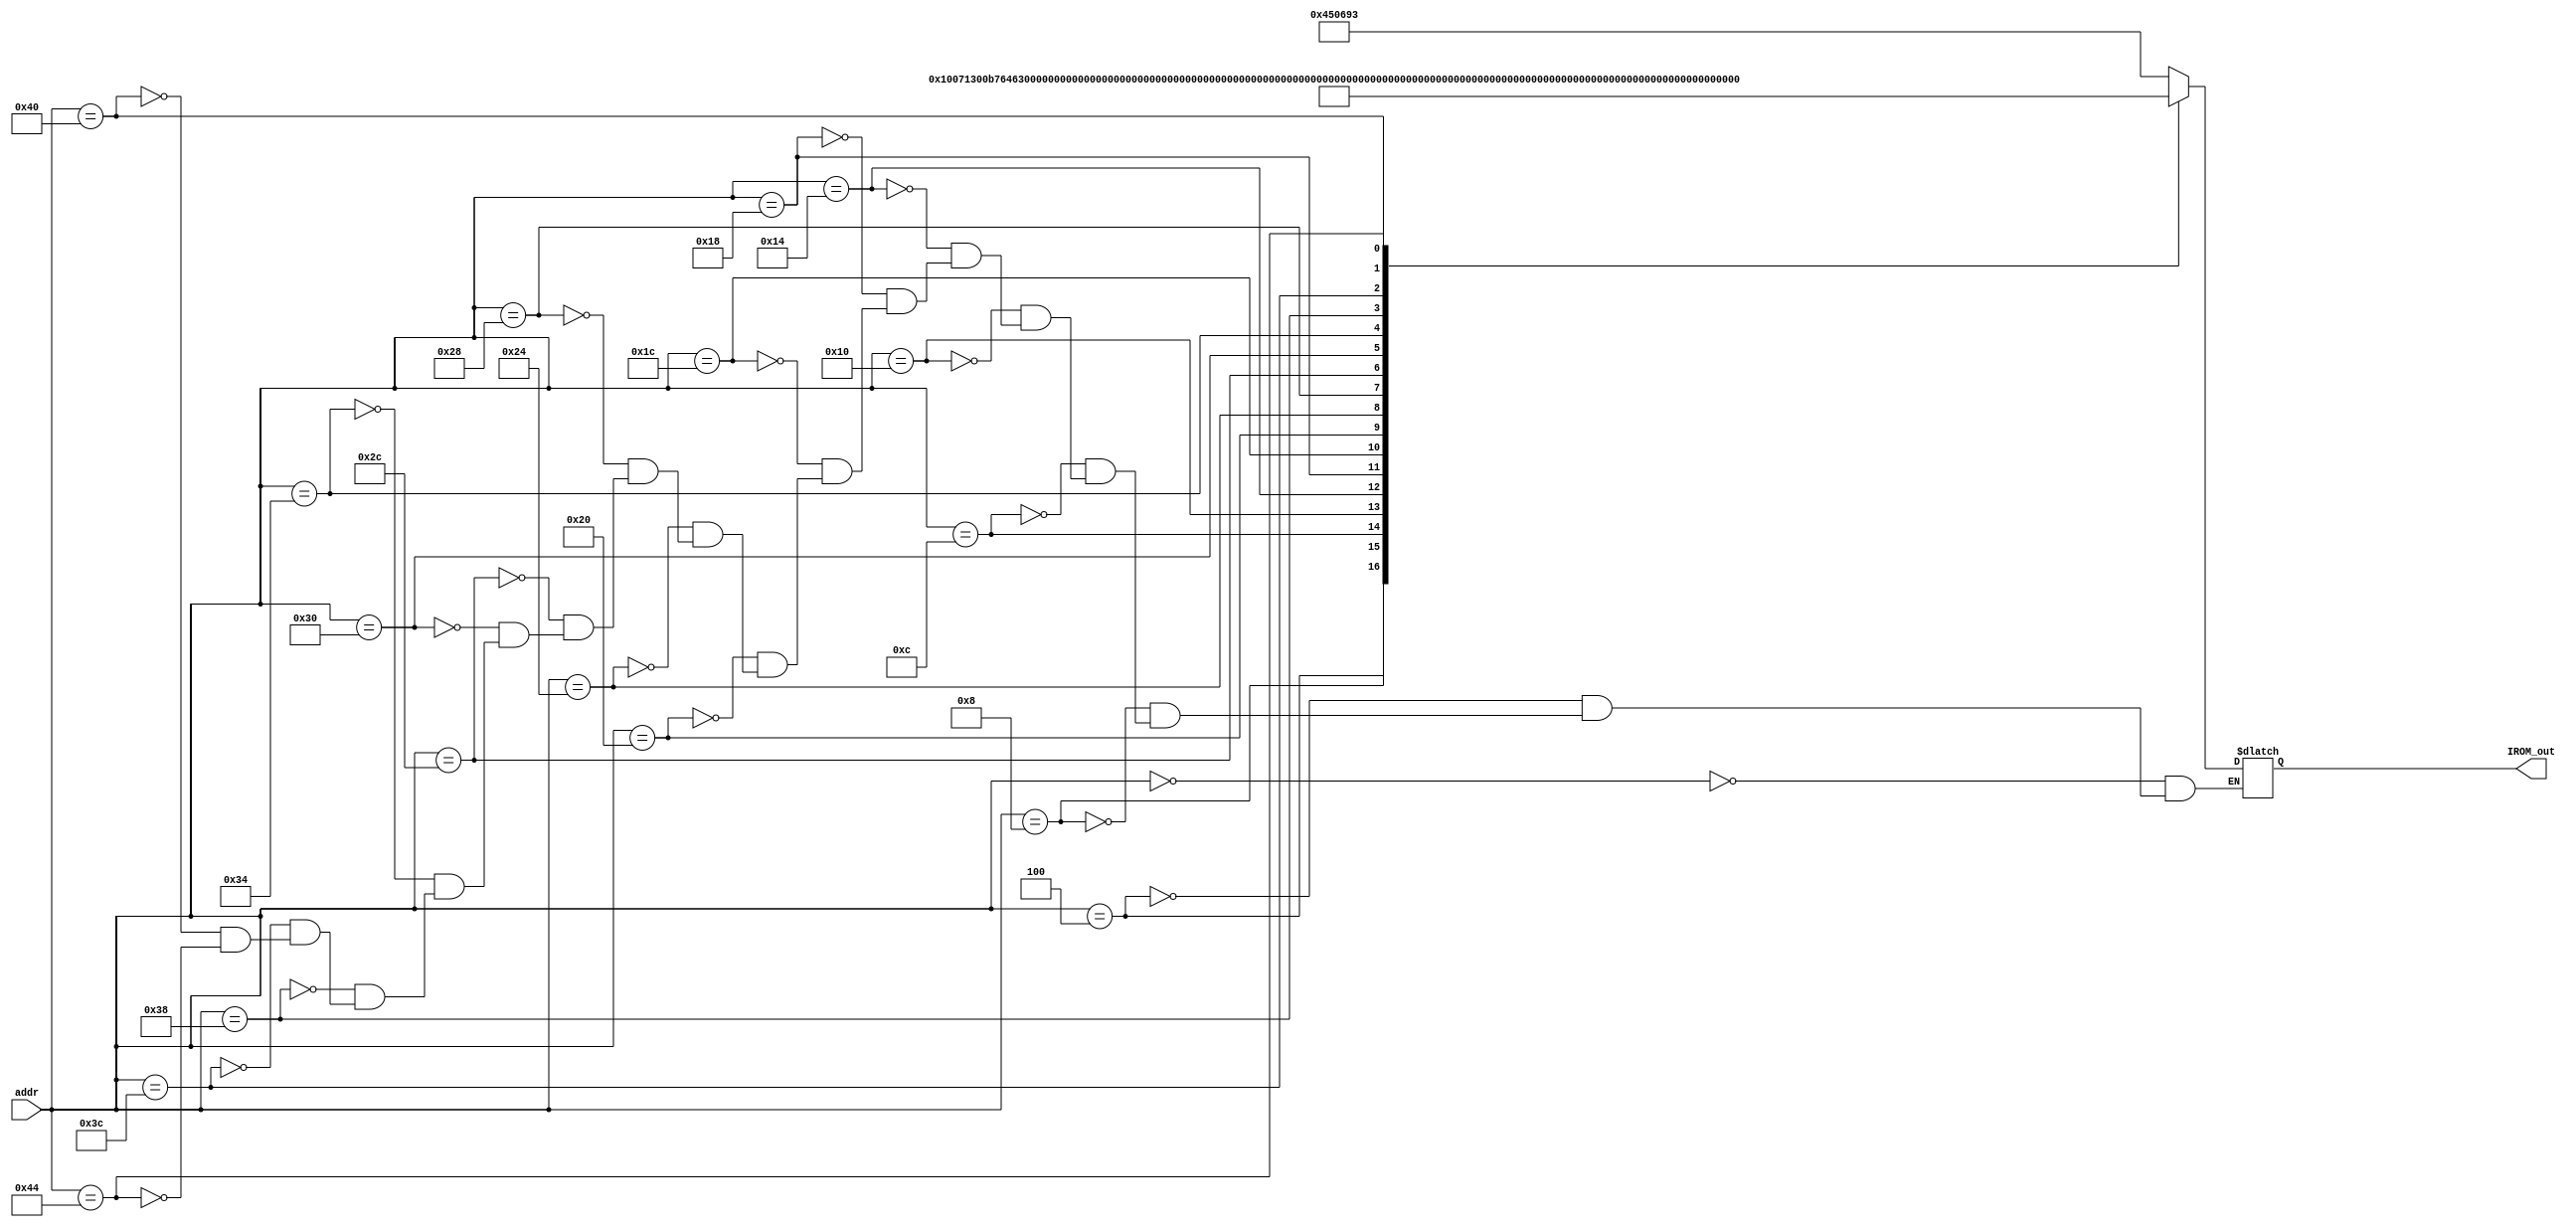
module ROM (addr, IROM_out);

input [31:0] addr;

output reg [31:0] IROM_out;

always @(addr) begin

	case (addr)
		
		//8'h0 : IROM_out <= 32'h00000000;
		8'h0 : IROM_out <= 32'h00450693; // addi a3,a0,4
		8'h4 : IROM_out <= 32'h00100713; // addi a4,x0,1
		8'h8 : IROM_out <= 32'h00b76463; // bltu a4,a1,10
		8'hc : IROM_out <= 32'h00b708b3; // add  a7,a4,a1
		8'h10: IROM_out <= 32'h00d6a023; // sw   a3, 0(a3) 
		8'h14: IROM_out <= 32'h0006a803; // lw   a6,0(a3)
		8'h18: IROM_out <= 32'h01185a63; // bge  a6,a7,34
		
		8'h1c: IROM_out <= 32'h01162023; // sw   a7,0(a2)
		8'h20: IROM_out <= 32'hfff78793; // addi a5,a5,-1
		8'h24: IROM_out <= 32'hffc60613; // addi a2,a2,-4
		8'h28: IROM_out <= 32'hfe0796e3; // bne  a5,x0,1c
		8'h2c: IROM_out <= 32'h00279793; // slli a5,a5,0x2
		8'h30: IROM_out <= 32'h00f507b3; // add  a5,a0,a5
		8'h34: IROM_out <= 32'h0107a023; // sw   a6,0(a5)
		8'h38: IROM_out <= 32'h00170713; // addi a4,a4,1
		8'h3c: IROM_out <= 32'h00468693; // addi a3,a3,4
		8'h40 : IROM_out <= 32'h00008067; // jalr x0,x1,0
		8'h44: IROM_out <= 32'hfc1ff06f; // jal  x0,8
		
		/*
	   //8'h0 : IROM_out <= 32'h00000000;
		8'h0 : IROM_out <= 32'h00450693; // addi a3,a0,4
		8'h4 : IROM_out <= 32'h00100713; // addi a4,x0,1
		8'h8 : IROM_out <= 32'h00b76463; // bltu a4,a1,10
		//8'hc : IROM_out <= 32'h00008067; // jalr x0,x1,0
		8'hc: IROM_out <= 32'h0006a803; // lw   a6,0(a3)
		8'h10: IROM_out <= 32'h00068613; // addi a2,a3,0
		8'h14: IROM_out <= 32'h00070793; // addi a5,a4,0
		8'h18: IROM_out <= 32'hffc62883; // lw   a7,-4(a2)
		8'h1c: IROM_out <= 32'h01185a63; // bge  a6,a7,34
		8'h20: IROM_out <= 32'h01162023; // sw   a7,0(a2)
		8'h24: IROM_out <= 32'hfff78793; // addi a5,a5,-1
		8'h28: IROM_out <= 32'hffc60613; // addi a2,a2,-4
		8'h2c: IROM_out <= 32'hfe0796e3; // bne  a5,x0,1c
		8'h30: IROM_out <= 32'h00279793; // slli a5,a5,0x2
		8'h34: IROM_out <= 32'h00f507b3; // add  a5,a0,a5
		8'h38: IROM_out <= 32'h0107a023; // sw   a6,0(a5)
		8'h3c: IROM_out <= 32'h00170713; // addi a4,a4,1
		8'h40: IROM_out <= 32'h00468693; // addi a3,a3,4
		8'h44 : IROM_out <= 32'h00008067; // jalr x0,x1,0
		8'h48: IROM_out <= 32'hfc1ff06f; // jal  x0,8
		*/
		
	endcase

end

endmodule